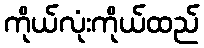
ကိုယ်လုံးကိုယ်ထည်